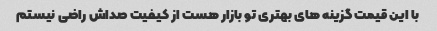
با این قیمت گزینه های بهتری تو بازار هست از کیفیت صداش راضی نیستم